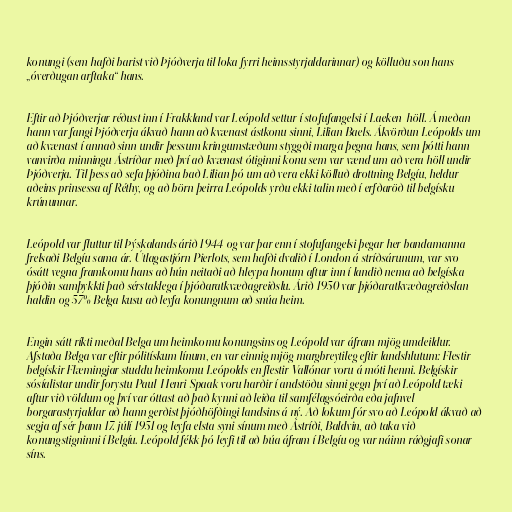
konungi (sem hafði barist við Þjóðverja til loka fyrri heimsstyrjaldarinnar) og kölluðu son hans
„óverðugan arftaka“ hans.

Eftir að Þjóðverjar réðust inn í Frakkland var Leópold settur í stofufangelsi í Laeken-höll. Á meðan
hann var fangi Þjóðverja ákvað hann að kvænast ástkonu sinni, Lilian Baels. Ákvörðun Leópolds um
að kvænast í annað sinn undir þessum kringumstæðum styggði marga þegna hans, sem þótti hann
vanvirða minningu Ástríðar með því að kvænast ótiginni konu sem var vænd um að vera höll undir
Þjóðverja. Til þess að sefa þjóðina bað Lilian þó um að vera ekki kölluð drottning Belgíu, heldur
aðeins prinsessa af Réthy, og að börn þeirra Leópolds yrðu ekki talin með í erfðaröð til belgísku
krúnunnar.

Leópold var fluttur til Þýskalands árið 1944 og var þar enn í stofufangelsi þegar her bandamanna
frelsaði Belgíu sama ár. Útlagastjórn Pierlots, sem hafði dvalið í London á stríðsárunum, var svo
ósátt vegna framkomu hans að hún neitaði að hleypa honum aftur inn í landið nema að belgíska
þjóðin samþykkti það sérstaklega í þjóðaratkvæðagreiðslu. Árið 1950 var þjóðaratkvæðagreiðslan
haldin og 57% Belga kusu að leyfa konungnum að snúa heim.

Engin sátt ríkti meðal Belga um heimkomu konungsins og Leópold var áfram mjög umdeildur.
Afstaða Belga var eftir pólitískum línum, en var einnig mjög margbreytileg eftir landshlutum: Flestir
belgískir Flæmingjar studdu heimkomu Leópolds en flestir Vallónar voru á móti henni. Belgískir
sósíalistar undir forystu Paul-Henri Spaak voru harðir í andstöðu sinni gegn því að Leópold tæki
aftur við völdum og því var óttast að það kynni að leiða til samfélagsóeirða eða jafnvel
borgarastyrjaldar að hann gerðist þjóðhöfðingi landsins á ný. Að lokum fór svo að Leópold ákvað að
segja af sér þann 17. júlí 1951 og leyfa elsta syni sínum með Ástríði, Baldvin, að taka við
konungstigninni í Belgíu. Leópold fékk þó leyfi til að búa áfram í Belgíu og var náinn ráðgjafi sonar
síns.